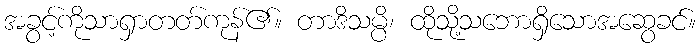
အခွင့်ကိုသာရှာတတ်ကုန်၏။ တာဒိသမ္ပိ၊ ထိုသို့သဘောရှိသောအဆွေခင်။